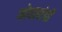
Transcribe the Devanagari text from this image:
मोघलांची